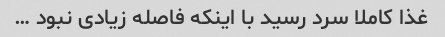
غذا کاملا سرد رسید با اینکه فاصله زیادی نبود …